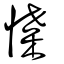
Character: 惵